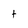
Character: t